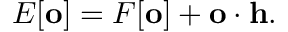
E [ \mathbf { o } ] = F [ \mathbf { o } ] + \mathbf { o } \cdot \mathbf { h } .